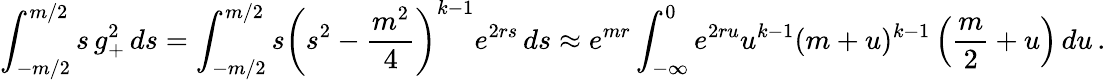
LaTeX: \int_{-m/2}^{m/2}{s\, g_{+}^{2}\, ds}=\int_{-m/2}^{m/2}{s\left(s^{2}-\frac{m^{2}}{4}\right)^{k-1}e^{2rs}\, ds}\approx e^{mr}\int_{-\infty}^{0}e^{2ru}u^{k-1}(m+u)^{k-1}\left({\frac{m}{2}}+u\right)\, du\, .